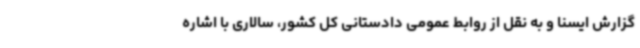
گزارش ایسنا و به نقل از روابط عمومی دادستانی کل کشور، سالاری با اشاره